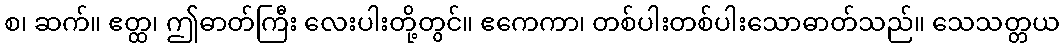
စ၊ ဆက်။ ဧတ္ထ၊ ဤဓာတ်ကြီး လေးပါးတို့တွင်။ ဧကေကာ၊ တစ်ပါးတစ်ပါးသောဓာတ်သည်။ သေသတ္တယ